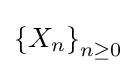
\left\{X_{n}\right\}_{n\geq 0}